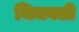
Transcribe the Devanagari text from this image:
भिजवली